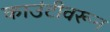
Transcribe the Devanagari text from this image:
काउंटीवरून